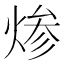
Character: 𰞷